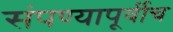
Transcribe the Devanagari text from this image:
संपण्यापूर्वीच